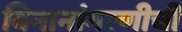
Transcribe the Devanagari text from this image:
बिनानांगरणीची